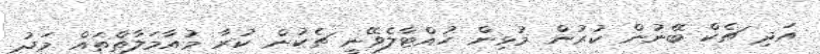
އަދި ޗެކް ބޭނުން ކުރުން މުޅިން ހުއްޓާލެވޭނީ ޗެކުން ކުރާ މުއާމަލާތްތައް މަދު